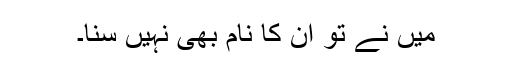
میں نے تو ان کا نام بھی نہیں سنا۔